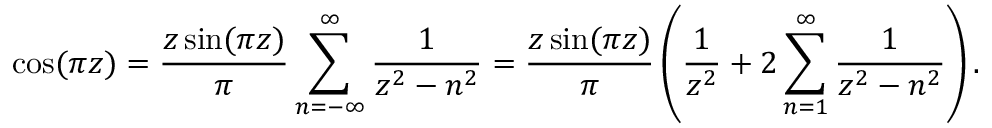
\cos ( \pi z ) = { \frac { z \sin ( \pi z ) } { \pi } } \displaystyle \sum _ { n = - \infty } ^ { \infty } { \frac { 1 } { z ^ { 2 } - n ^ { 2 } } } = { \frac { z \sin ( \pi z ) } { \pi } } \left( { \frac { 1 } { z ^ { 2 } } } + 2 \displaystyle \sum _ { n = 1 } ^ { \infty } { \frac { 1 } { z ^ { 2 } - n ^ { 2 } } } \right) .